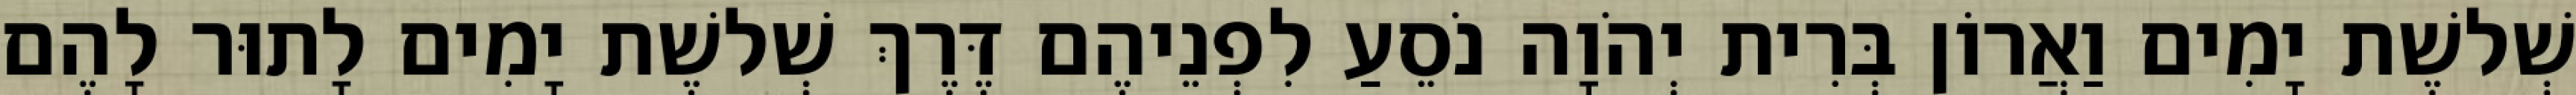
שְׁלשֶׁת יָמִים וַאֲרוֹן בְּרִית יְהֹוָה נֹסֵעַ לִפְנֵיהֶם דֶּרֶךְ שְׁלשֶׁת יָמִים לָתוּר לָהֶם